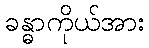
ခန္ဓာကိုယ်အား